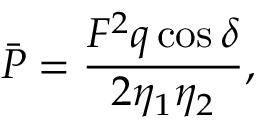
\bar { P } = \frac { { { F ^ { 2 } } q \cos \delta } } { { 2 { \eta _ { 1 } } { \eta _ { 2 } } } } ,